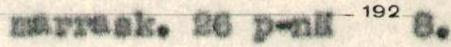
marrask. 26 p-nä 192 8.